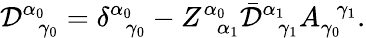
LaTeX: \mathcal{D}_{\; \; \gamma_{0}}^{\alpha_{0}}=\delta_{\; \; \gamma_{0}}^{\alpha_{0}}-Z_{\; \; \alpha_{1}}^{\alpha_{0}}\bar{{\mathcal{D}}}_{\; \; \gamma_{1}}^{\alpha_{1}}A_{\gamma_{0}}^{\; \; \gamma_{1}}.